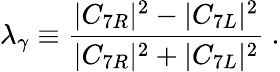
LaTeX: \lambda_{\gamma}\equiv{\frac{|C_{7R}|^{2}-|C_{7L}|^{2}}{|C_{7R}|^{2}+|C_{7L}|^{2}}}~.